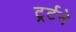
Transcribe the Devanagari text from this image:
ट्रर्टने